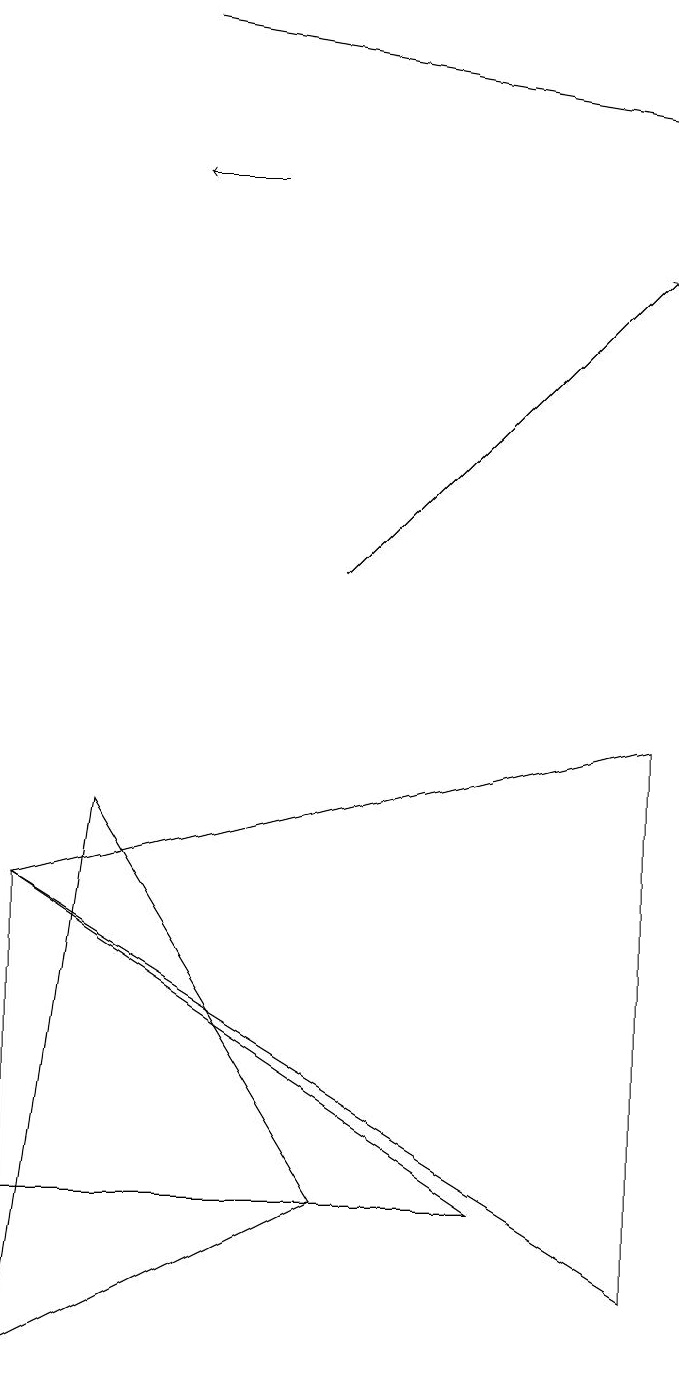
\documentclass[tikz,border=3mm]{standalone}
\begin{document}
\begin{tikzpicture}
\draw[->] (2,17) -- (8,16);
\draw[->] (3,15) -- (2,15);
\draw (0,0) -- (4,2) -- (1,7) -- cycle;
\draw (8,1) -- (8,8) -- (0,6) -- cycle;
\draw (0,2) -- (0,6) -- (6,2) -- cycle;
\draw[->] (4,10) -- (8,14);
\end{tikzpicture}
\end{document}